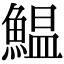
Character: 鰛